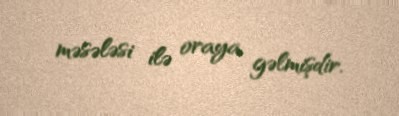
məsələsi ilə oraya gəlmişdir.